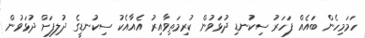
ހަމަމިހެން ބައެއް ފަހަރު ސިކުނޑި ދުޅަވުން ކުރިމަތިވާއިރު އެއާއެކު ސިކުނޑީގެ ދުލިފަށް ދުޅަވުން